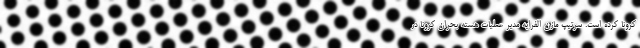
کرونا کرده است. سرتیپ مازن الفرایه مدیر عملیات هسته بحران کرونا در